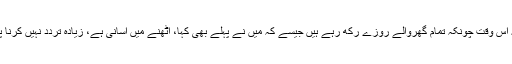
یہاں یہ بھی یاد رکھناچاہئے کہ یہ خیال نہیں ہونا چاہئے کہ اس وقت چونکہ تمام گھروالے روزے رکھ رہے ہیں جیسے کہ مَیں نے پہلے بھی کہا، اٹھنے میں آسانی ہے، زیادہ تردّد نہیں کرنا پڑتا، جیسے تیسے روزے رکھ لیں، بعد میں کون رکھے گا۔